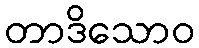
တာဒိသောဝ